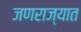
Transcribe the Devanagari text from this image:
जणराज्यात